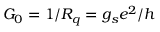
G _ { 0 } = 1 / R _ { q } = g _ { s } e ^ { 2 } / h